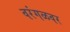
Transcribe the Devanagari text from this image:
वरंगळवर